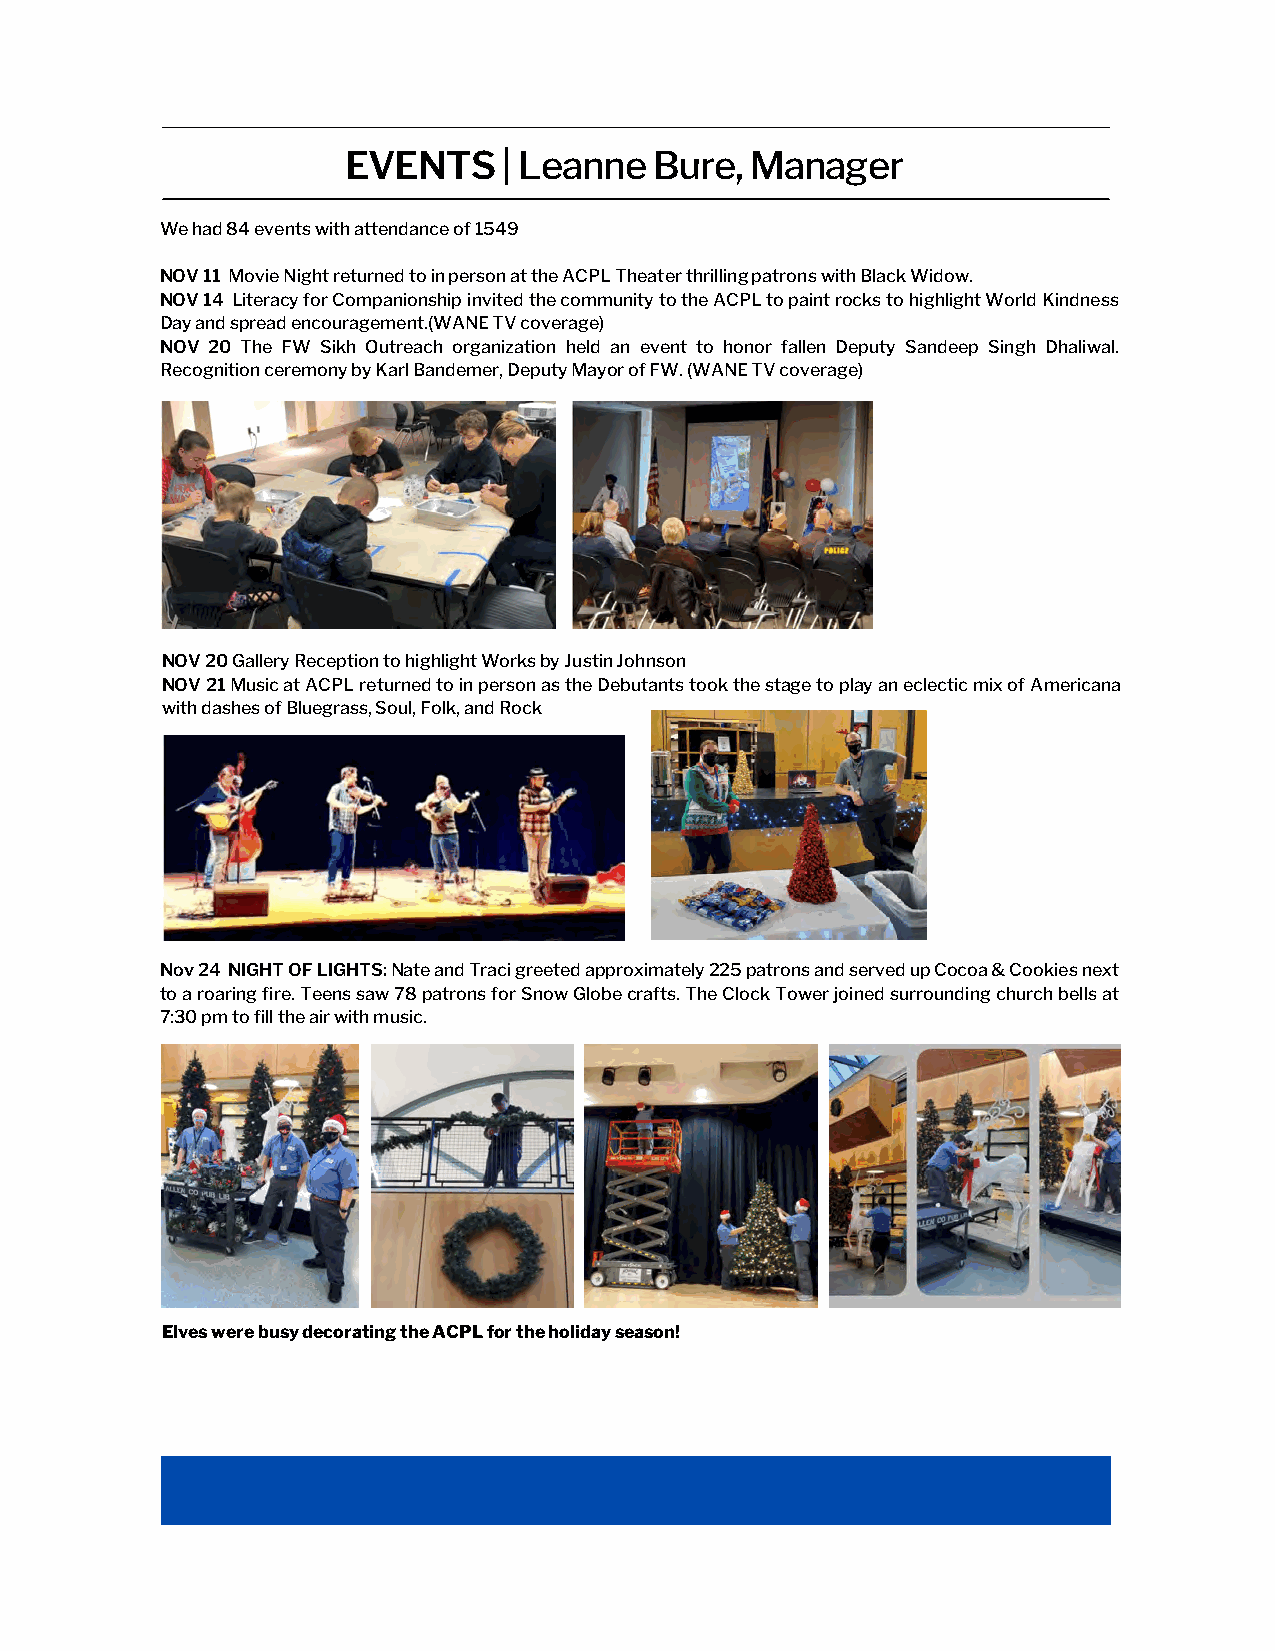
EVENTS    | Leanne  Bure,  Manager
 We had 84 events with attendance of 1549
 NOV 11 Movie Night returned to in person at the ACPL Theater thrilling patrons with Black Widow.
 NOV 14 Literacy for Companionship invited the community to the ACPL to paint rocks to highlight World Kindness
 Day and spread encouragement.(WANE TV coverage)
 NOV 20 The FW Sikh Outreach organization held an event to honor fallen Deputy Sandeep Singh Dhaliwal.
 Recognition ceremony by Karl Bandemer, Deputy Mayor of FW. (WANE TV coverage)
 NOV 20 Gallery Reception to highlight Works by Justin Johnson
 NOV 21 Music at ACPL returned to in person as the Debutants took the stage to play an eclectic mix of Americana
 with dashes of Bluegrass, Soul, Folk, and Rock
 Nov 24 NIGHT OF LIGHTS: Nate and Traci greeted approximately 225 patrons and served up Cocoa & Cookies next
 to a roaring fire. Teens saw 78 patrons for Snow Globe crafts. The Clock Tower joined surrounding church bells at
 7:30 pm to fill the air with music.
 Elves were busy decorating the ACPL for the holiday season!